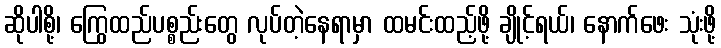
ဆိုပါစို့၊ ကြွေထည်ပစ္စည်းတွေ လုပ်တဲ့နေရာမှာ ထမင်းထည့်ဖို့ ချိုင့်ရယ်၊ နောက်ဖေး သုံးဖို့